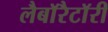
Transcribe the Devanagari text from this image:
लैबाॅरैटाॅरी